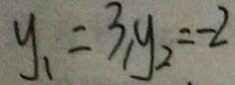
y _ { 1 } = 3 , y _ { 2 } = 2